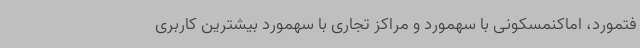
فتمورد، اماکنمسکونی با سهمورد و مراکز تجاری با سهمورد بیشترین کاربری